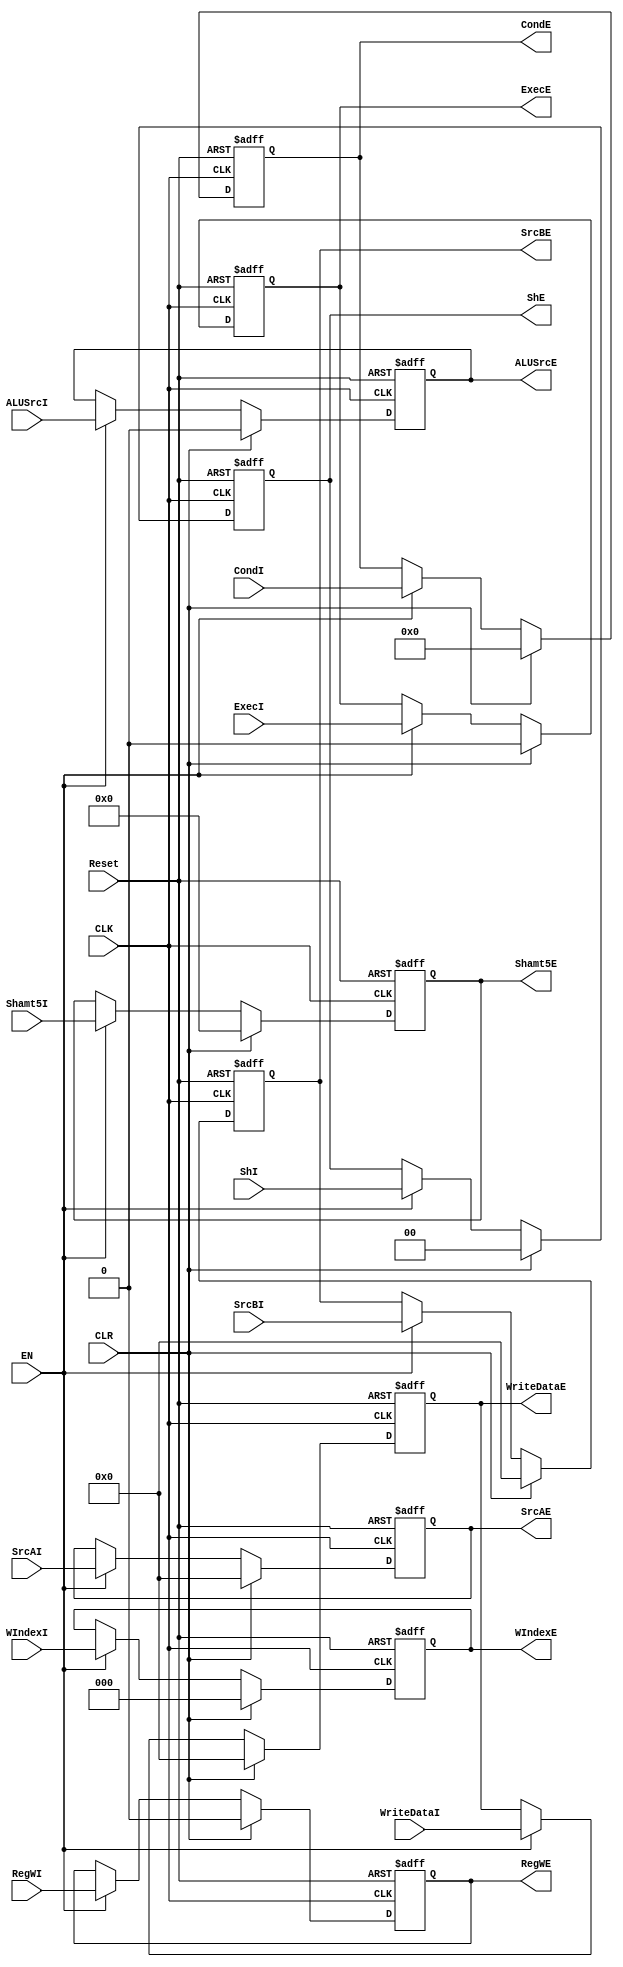
module MEM_IEReg(
    input CLK,
    input Reset,
    input EN,
    input CLR,
    input ExecI,
    input [3:0] CondI,
    input RegWI,
    input [2:0] WIndexI,
    input ALUSrcI,
    input [31:0] SrcAI,
    input [31:0] SrcBI,
    input [31:0] WriteDataI,
    input [1:0] ShI,
    input [4:0] Shamt5I,
    output reg ExecE,
    output reg [3:0] CondE,
    output reg RegWE,
    output reg [2:0] WIndexE,
    output reg ALUSrcE,
    output reg [31:0] SrcAE,
    output reg [31:0] SrcBE,
    output reg [31:0] WriteDataE,
    output reg [1:0] ShE,
    output reg [4:0] Shamt5E
);

    initial begin
        ExecE = 0;
        CondE = 0;
        RegWE = 0;
        WIndexE = 0;
        ALUSrcE = 0;
        SrcAE = 0;
        SrcBE = 0;
        WriteDataE = 0;
        ShE = 0;
        Shamt5E = 0;
    end

    always @(posedge CLK, posedge Reset) begin
        if (Reset) begin
            ExecE <= 0;
            CondE <= 0;
            RegWE <= 0;
            WIndexE <= 0;
            ALUSrcE <= 0;
            SrcAE <= 0;
            SrcBE <= 0;
            WriteDataE <= 0;
            ShE <= 0;
            Shamt5E <= 0;
        end
        else if (CLR) begin
            ExecE <= 0;
            CondE <= 0;
            RegWE <= 0;
            WIndexE <= 0;
            ALUSrcE <= 0;
            SrcAE <= 0;
            SrcBE <= 0;
            WriteDataE <= 0;
            ShE <= 0;
            Shamt5E <= 0;
        end
        else if (EN) begin
            ExecE <= ExecI;
            CondE <= CondI;
            RegWE <= RegWI;
            WIndexE <= WIndexI;
            ALUSrcE <= ALUSrcI;
            SrcAE <= SrcAI;
            SrcBE <= SrcBI;
            WriteDataE <= WriteDataI;
            ShE <= ShI;
            Shamt5E <= Shamt5I;
        end
        else begin
            ExecE <= ExecE;
            CondE <= CondE;
            RegWE <= RegWE;
            WIndexE <= WIndexE;
            ALUSrcE <= ALUSrcE;
            SrcAE <= SrcAE;
            SrcBE <= SrcBE;
            WriteDataE <= WriteDataE;
            ShE <= ShE;
            Shamt5E <= Shamt5E;
        end
    end
endmodule